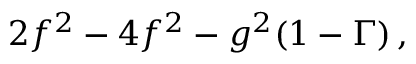
2 f ^ { 2 } - 4 f ^ { 2 } - g ^ { 2 } ( 1 - \Gamma ) \, ,